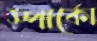
স্পার্কো